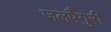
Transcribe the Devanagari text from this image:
जलपैगुरी